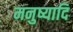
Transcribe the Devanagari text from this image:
मनुष्यादि